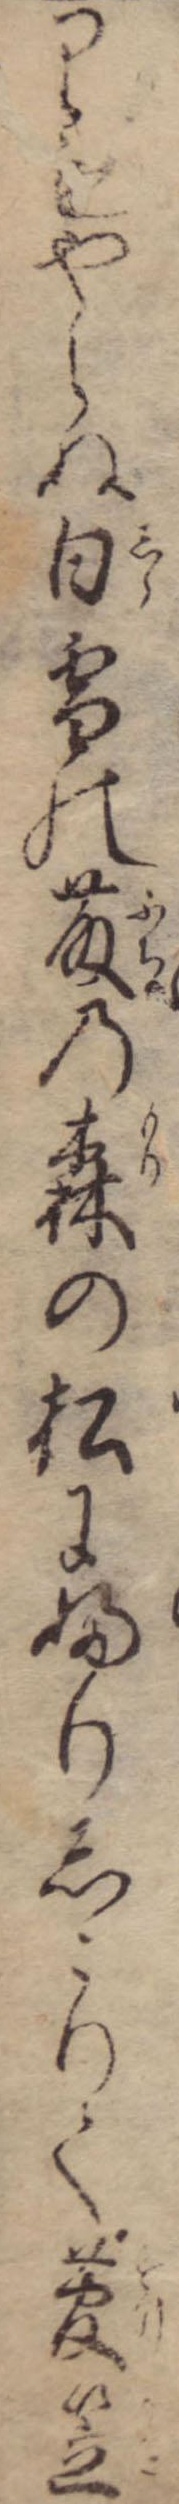
りもやらぬ白雪の藤の森の松にふりしこりて菅笠